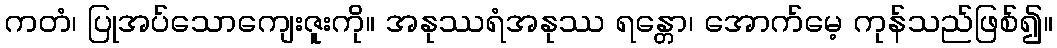
ကတံ၊ ပြုအပ်သောကျေးဇူးကို။ အနုဿရံအနုဿ ရန္တော၊ အောက်မေ့ ကုန်သည်ဖြစ်၍။